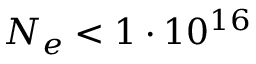
N _ { e } < 1 \cdot 1 0 ^ { 1 6 }